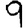
Digit: 9